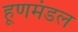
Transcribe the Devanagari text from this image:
हूणमंडल